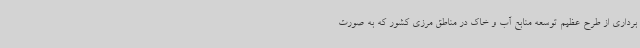
برداری از طرح عظیم توسعه منابع آب و خاک در مناطق مرزی کشور که به صورت